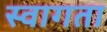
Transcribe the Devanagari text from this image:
स्वागता